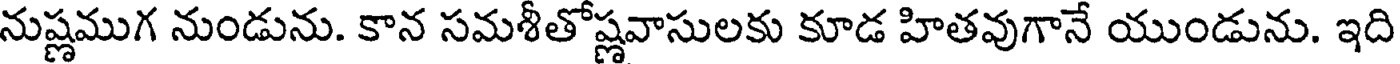
నుష్ణముగ నుండును. కాన సమశీతోష్ణవాసులకు కూడ హితవుగానే యుండును. ఇది